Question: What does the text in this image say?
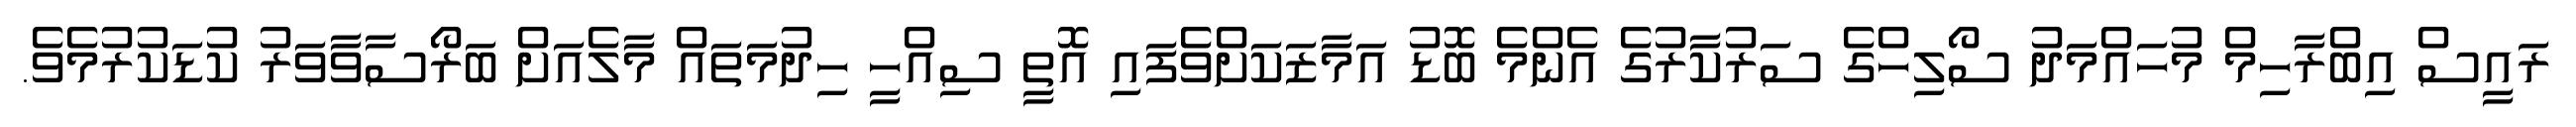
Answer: ރައީސް އިބްރާހިމް މުހައްމަދު ސޯލިހްގެ ސަރުކާރުގެ އެންމެ ބޮޑު އަމާޒަކަށްވެފައި އޮތީ ސިއްހީ ހިދުމަތައް މާލެއަށް ބަރޯސާވާވަރު ކުޑަކުރުމެވެ.